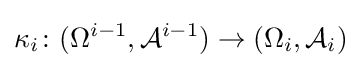
\kappa _{i}\colon (\Omega ^{i-1},{\mathcal {A}}^{i-1})\to (\Omega _{i},{\mathcal {A}}_{i})